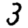
Digit: 3